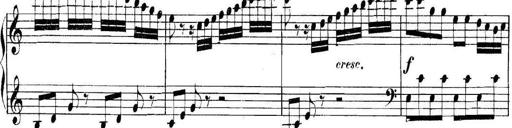
Title: Collected Piano Sonatas
Composer: Muzio Clementi